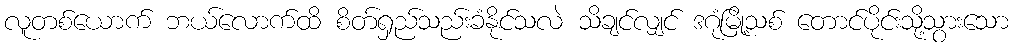
လူတစ်ယောက် ဘယ်လောက်ထိ စိတ်ရှည်သည်းခံနိုင်သလဲ သိချင်လျှင် ဒဂုံမြို့သစ် တောင်ပိုင်းသို့သွားသော